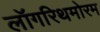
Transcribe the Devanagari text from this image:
लॉगरिथमोरम